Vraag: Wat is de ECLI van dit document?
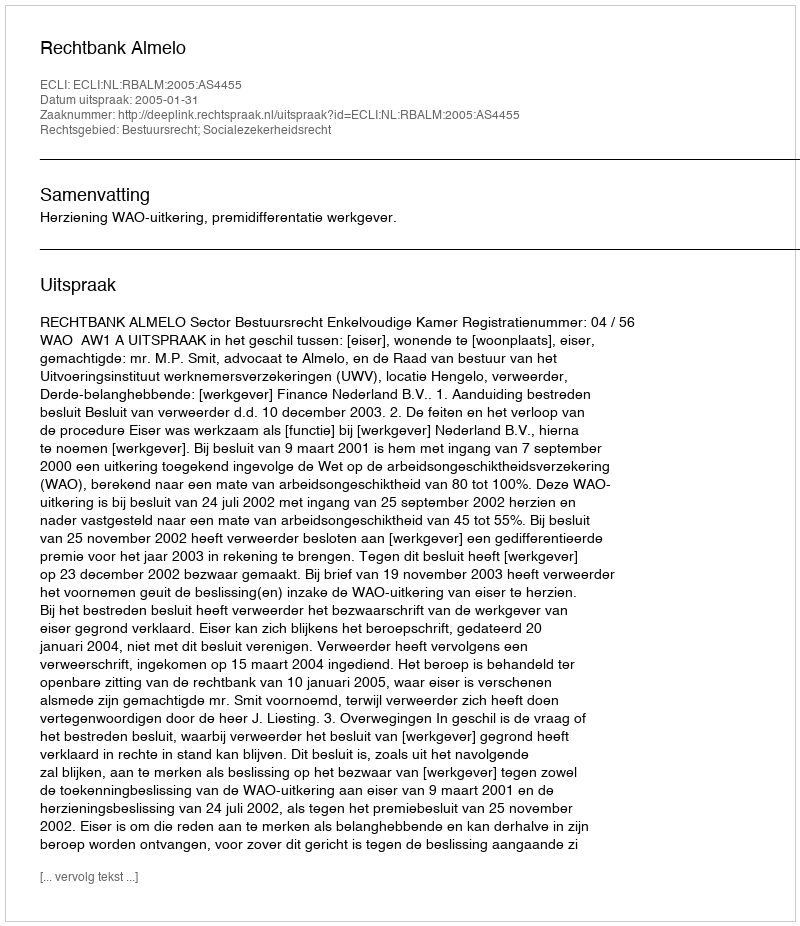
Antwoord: ECLI:NL:RBALM:2005:AS4455